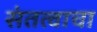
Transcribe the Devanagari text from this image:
संतत्वाचा